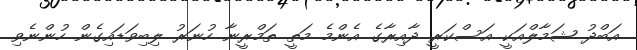
އަބްދު ޝަމާލްއަކީ އަސްކަރީ ދާއިރާގެ އެންމެ މަތީ ތަމްރީނާ ހުނަރު ލިބިވަޑައިގެން ހުންނެވި